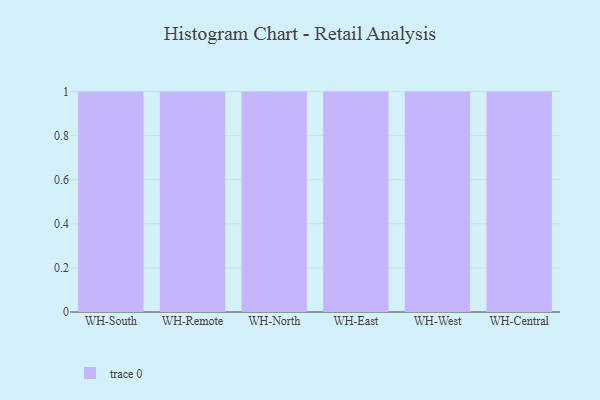
{"axis": {"x": "Warehouse", "y": "Latency (ms)"}, "legend": [""], "data": [{"x": "WH-South", "y": 62, "type": ""}, {"x": "WH-Remote", "y": 96, "type": ""}, {"x": "WH-North", "y": 37, "type": ""}, {"x": "WH-East", "y": 23, "type": ""}, {"x": "WH-West", "y": 33, "type": ""}, {"x": "WH-Central", "y": 38, "type": ""}]}